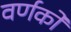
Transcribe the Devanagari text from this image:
वर्णको